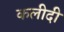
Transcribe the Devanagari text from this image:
कलीदी